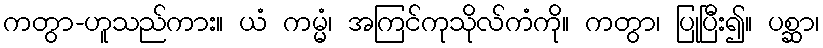
ကတွာ-ဟူသည်ကား။ ယံ ကမ္မံ၊ အကြင်ကုသိုလ်ကံကို။ ကတွာ၊ ပြုပြီး၍။ ပစ္ဆာ၊